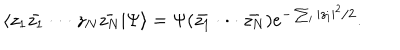
\langle z _ { 1 } \bar { z _ { 1 } } \cdot \cdot \cdot z _ { N } \bar { z _ { N } } | \Psi \rangle = \Psi ( \bar { z _ { 1 } } \cdot \cdot \cdot \bar { z _ { N } } ) e ^ { - \sum _ { i } | z _ { i } | ^ { 2 } / 2 } .